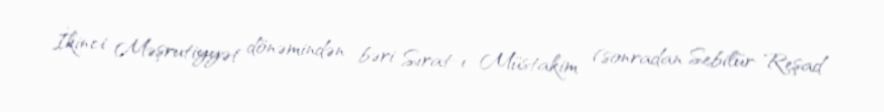
İkinci Məşrutiyyət dönəmindən bəri Sırat-ı Müstakim (sonradan Sebilür-Reşad